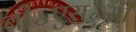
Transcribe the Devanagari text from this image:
बी॰एस॰सी